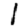
Digit: 1